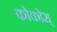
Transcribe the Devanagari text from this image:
कोकोस्